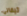
تيفاني